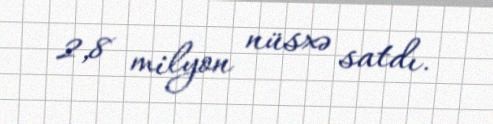
2,8 milyon nüsxə satdı.